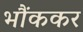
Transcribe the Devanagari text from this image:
भौंककर